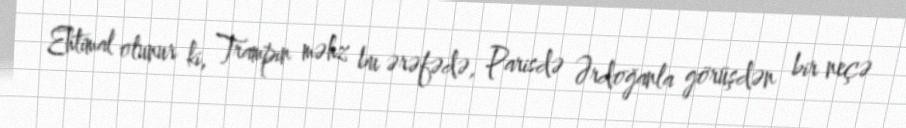
Ehtimal olunur ki, Trampın məhz bu ərəfədə, Parisdə Ərdoğanla görüşdən bir neçə